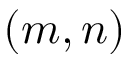
( m , n )